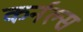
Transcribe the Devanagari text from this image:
कर्नल्‍स